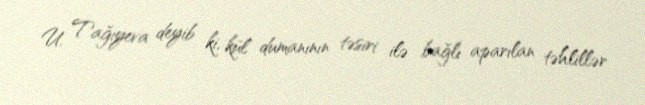
U. Tağıyeva deyib ki, kül dumanının təsiri ilə bağlı aparılan təhlillər